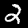
Label: 2